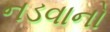
નડવાનો